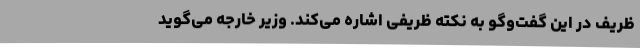
ظریف در این گفت‌وگو به نکته ظریفی اشاره می‌کند. وزیر خارجه می‌گوید